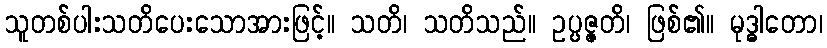
သူတစ်ပါးသတိပေးသောအားဖြင့်။ သတိ၊ သတိသည်။ ဥပ္ပဇ္ဇတိ၊ ဖြစ်၏။ မုဒ္ဓါတော၊